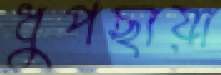
ধুপছায়া